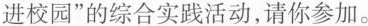
进校园”的综合实践活动，请你参加。